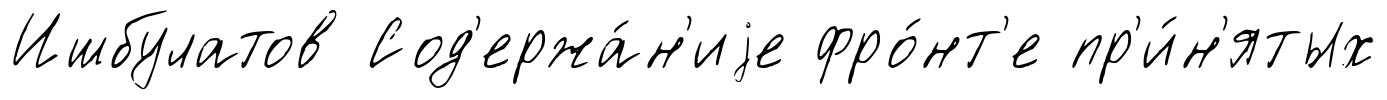
Ишбулатов Сод'ержа́н'иjе фро́нт'е пр'и́н'ятых